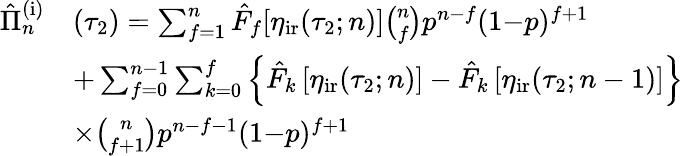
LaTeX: \begin{array}{rl}{\hat{\Pi}_{n}^{\mathrm{(i)}}}&{(\tau_{2})=\sum_{f=1}^{n}\hat{F}_{f}[\eta_{\mathrm{ir}}(\tau_{2};n)]\binom{n}{f}p^{n-f}(1{-}p)^{f+1}}\\ &{+\sum_{f=0}^{n-1}\sum_{k=0}^{f}\Big\{ \hat{F}_{k}\left[\eta_{\mathrm{ir}}(\tau_{2};n)\right]-\hat{F}_{k}\left[\eta_{\mathrm{ir}}(\tau_{2};n-1)\right]\Big\} }\\ &{\times\binom{n}{f+1}p^{n-f-1}(1{-}p)^{f+1}}\end{array}